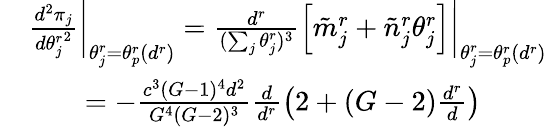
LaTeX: \begin{array}{rl}&{\frac{d^{2}{\pi_{j}}}{d{\theta_{j}^{r}}^{2}}\bigg|_{\theta_{j}^{r}=\theta_{p}^{r}(d^{r})}=\frac{d^{r}}{(\sum_{j}\theta_{j}^{r})^{3}}\left[\tilde{m}_{j}^{r}+\tilde{n}_{j}^{r}\theta_{j}^{r}\right]\bigg|_{\theta_{j}^{r}=\theta_{p}^{r}(d^{r})}}\\ &{\quad\quad=-\frac{c^{3}(G-1)^{4}d^{2}}{G^{4}(G-2)^{3}}\frac{d}{d^{r}}\left(2+(G-2)\frac{d^{r}}{d}\right)}\end{array}